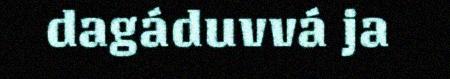
dagáduvvá ja